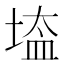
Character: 𡎌